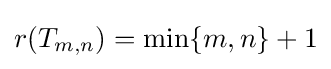
r(T_{m,n})=\min\{m,n\}+1